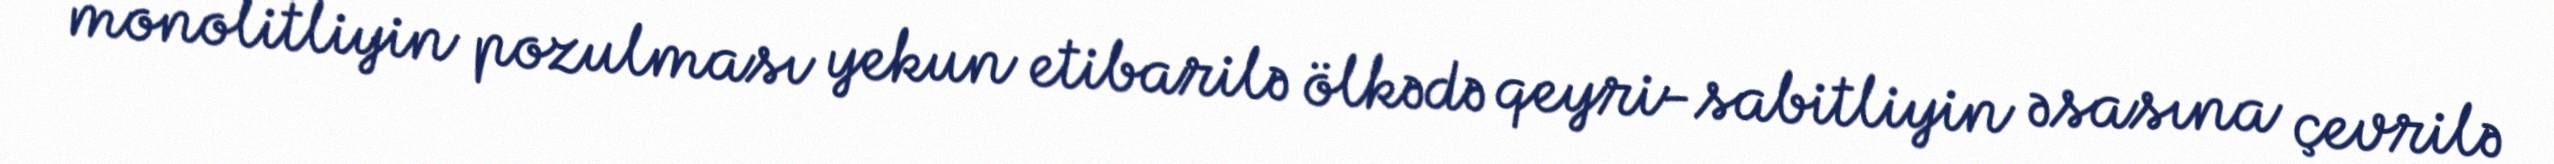
monolitliyin pozulması yekun etibarilə ölkədə qeyri-sabitliyin əsasına çevrilə